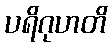
ပရိဂုဟတိ